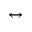
\leftrightarrow